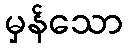
မှန်သော